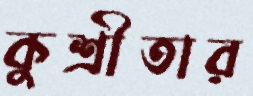
কুশ্রীতার